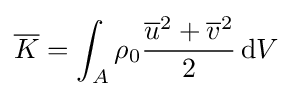
{\overline {K}}=\int _{A}\rho _{0}{\frac {{\overline {u}}^{2}+{\overline {v}}^{2}}{2}}\,\mathrm {d} V